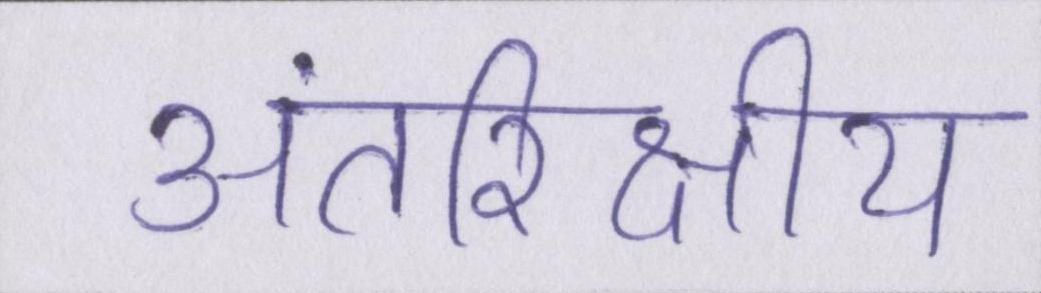
अंतरिक्षीय